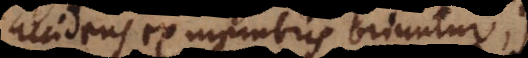
accidens ex membris oriuntur),